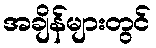
အချိန်များတွင်